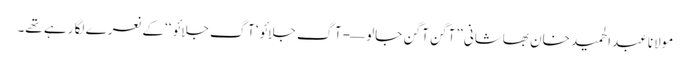
مولانا عبدالحمید خان بھاشانی ”آگن آگن جالو—- آگ جلائو‘ آگ جلائو ‘‘کے نعرے لگا رہے تھے۔